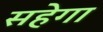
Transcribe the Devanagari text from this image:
सहेगा